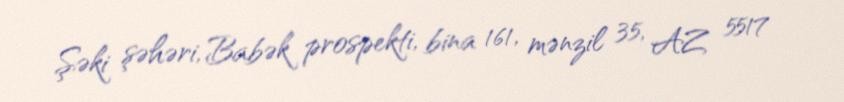
Şəki şəhəri, Babək prospekti, bina 161, mənzil 35, AZ 5517